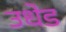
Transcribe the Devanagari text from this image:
उधेड